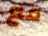
مع